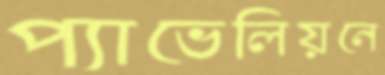
প্যাভেলিয়নে